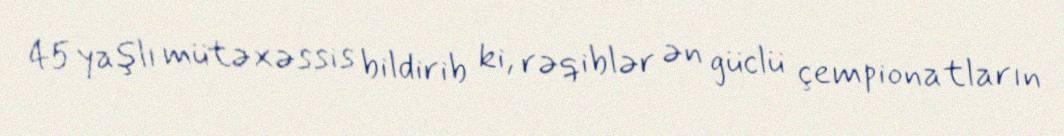
45 yaşlı mütəxəssis bildirib ki, rəqiblər ən güclü çempionatların